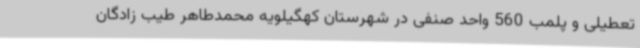
تعطیلی و پلمب 560 واحد صنفی در شهرستان کهگیلویه محمدطاهر طیب زادگان